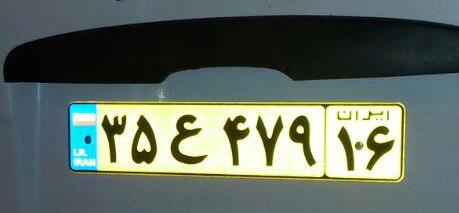
۳۵ع۴۷۹۱۶